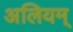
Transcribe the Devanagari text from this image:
अलियम्